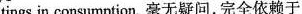
tings in consumption. 毫无疑问,完全依赖于